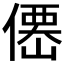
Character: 𠎣